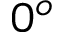
0 ^ { o }